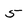
Character: 5